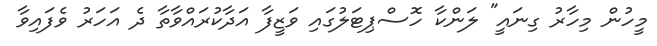
މީހުން މިހާރު ގިނައީ" ލަންކާ ހޮސްޕިޓަލުގައި ވަޒީފާ އަދާކުރައްވާތާ ދެ އަހަރު ވެފައިވާ